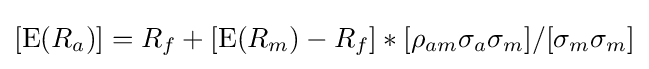
[\operatorname {E} (R_{a})]=R_{f}+[\operatorname {E} (R_{m})-R_{f}]*[\rho _{am}\sigma _{a}\sigma _{m}]/[\sigma _{m}\sigma _{m}]